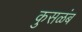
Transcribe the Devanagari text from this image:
कुसळंब